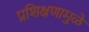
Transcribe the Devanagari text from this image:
प्रशिक्षणामुळे